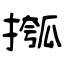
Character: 摦